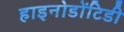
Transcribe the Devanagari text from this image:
हाइनोडोंटिडी